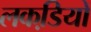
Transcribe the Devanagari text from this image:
लकडि़यों